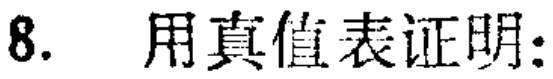
8. 用真值表证明: